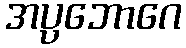
အပ္ပဘောဂေ